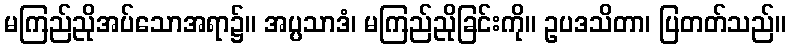
မကြည်ညိုအပ်သောအရာ၌။ အပ္ပသာဒံ၊ မကြည်ညိုခြင်းကို။ ဥပဒသိတာ၊ ပြတတ်သည်။